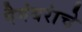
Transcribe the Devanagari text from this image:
पैगंबरांचे